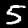
Digit: 5